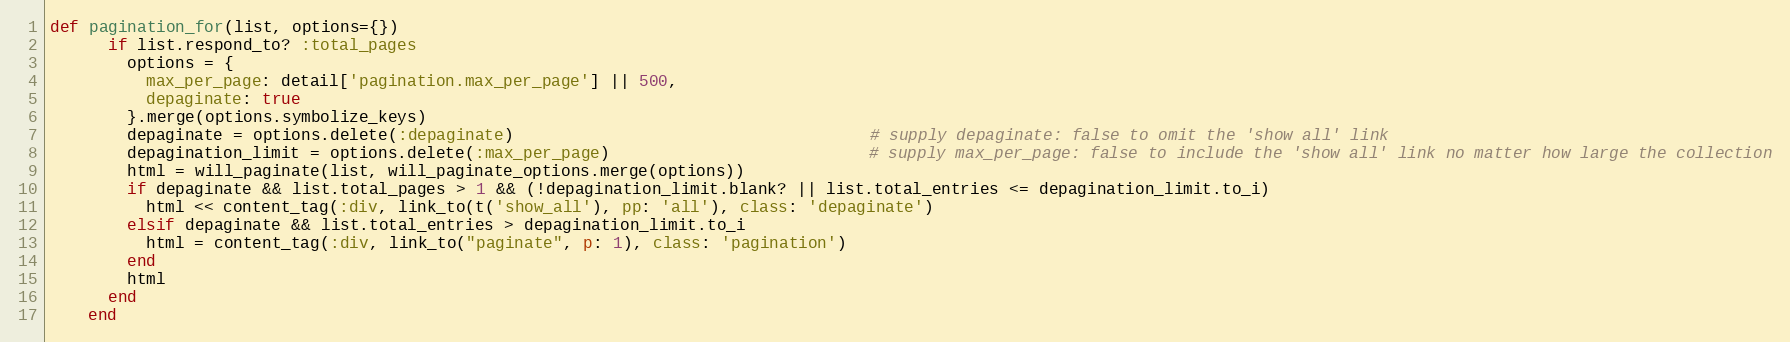
Language: Ruby
def pagination_for(list, options={})
      if list.respond_to? :total_pages
        options = {
          max_per_page: detail['pagination.max_per_page'] || 500,
          depaginate: true
        }.merge(options.symbolize_keys)
        depaginate = options.delete(:depaginate)                                     # supply depaginate: false to omit the 'show all' link
        depagination_limit = options.delete(:max_per_page)                           # supply max_per_page: false to include the 'show all' link no matter how large the collection
        html = will_paginate(list, will_paginate_options.merge(options))
        if depaginate && list.total_pages > 1 && (!depagination_limit.blank? || list.total_entries <= depagination_limit.to_i)
          html << content_tag(:div, link_to(t('show_all'), pp: 'all'), class: 'depaginate')
        elsif depaginate && list.total_entries > depagination_limit.to_i
          html = content_tag(:div, link_to("paginate", p: 1), class: 'pagination')
        end
        html
      end
    end